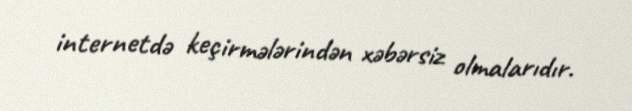
internetdə keçirmələrindən xəbərsiz olmalarıdır.